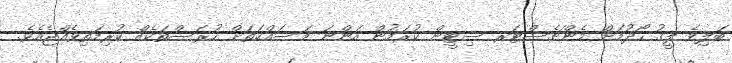
ބަލިވެ ލީގު ހޯދުމަށް މެންޗެސްޓަރ ސިޓީން ކުރަމުން އަންނަ މަސައްކަތަށް ހުރަސްތަކެއް ކުރިމަތިވެއްޖެއެވެ.